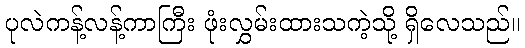
ပုလဲကန့်လန့်ကာကြီး ဖုံးလွှမ်းထားသကဲ့သို့ ရှိလေသည်။